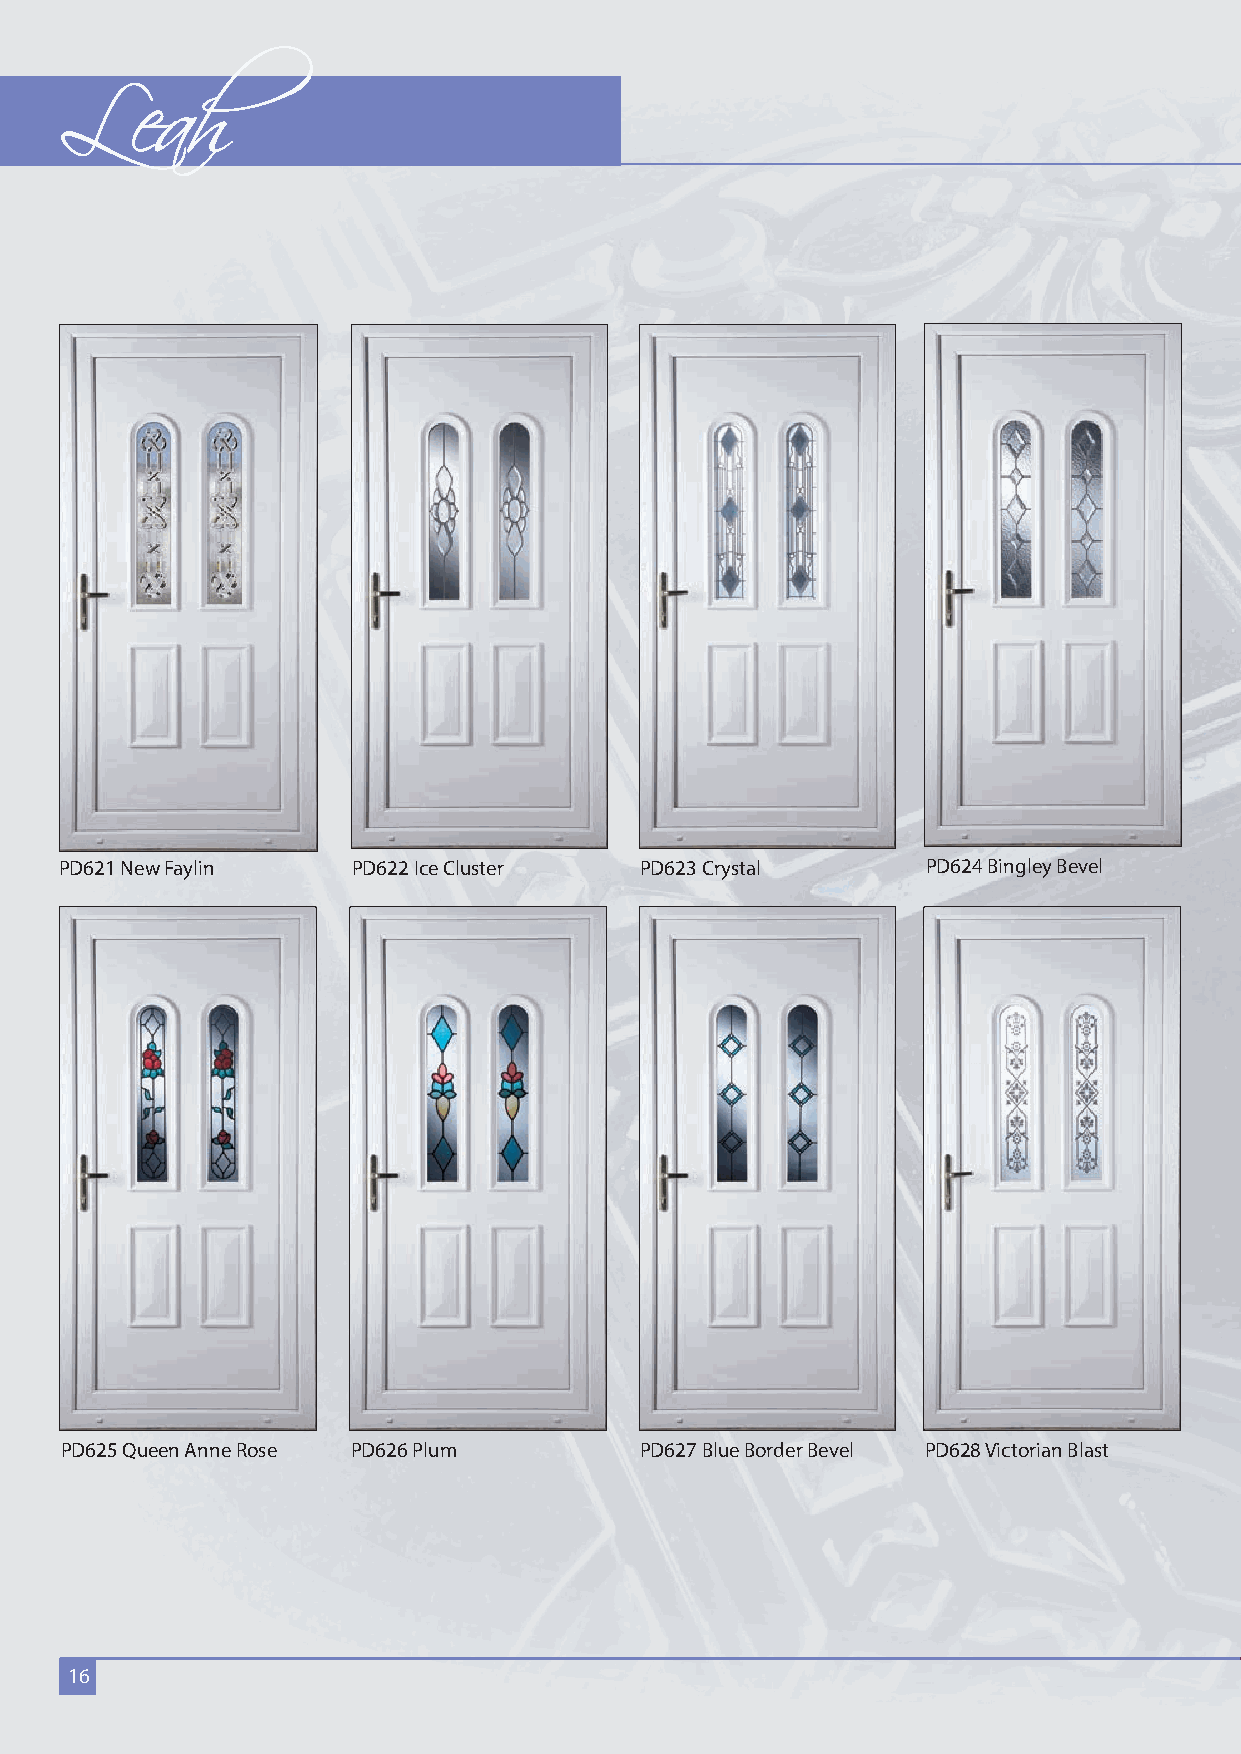
Leah
 PD621 New Faylin   PD622 Ice Cluster  PD623 Crystal      PD624 Bingley Bevel
 PD625 Queen Anne Rose PD626 Plum      PD627 Blue Border Bevel PD628 Victorian Blast
 16